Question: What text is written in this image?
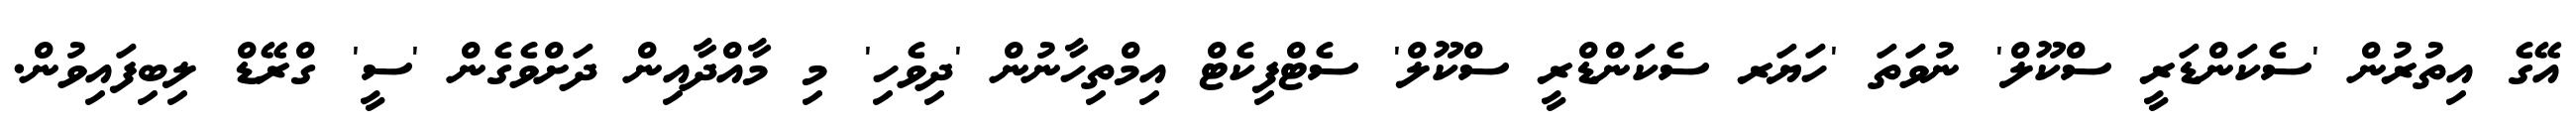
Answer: އޭގެ އިތުރުން 'ސެކަންޑަރީ ސްކޫލް' ނުވަތަ 'ހަޔަރ ސެކަންޑްރީ ސްކޫލް' ސެޓްފިކެޓް އިމްތިހާނުން 'ދިވެހި' މި މާއްދާއިން ދަށްވެގެން 'ސީ' ގްރޭޑް ލިބިފައިވުން.